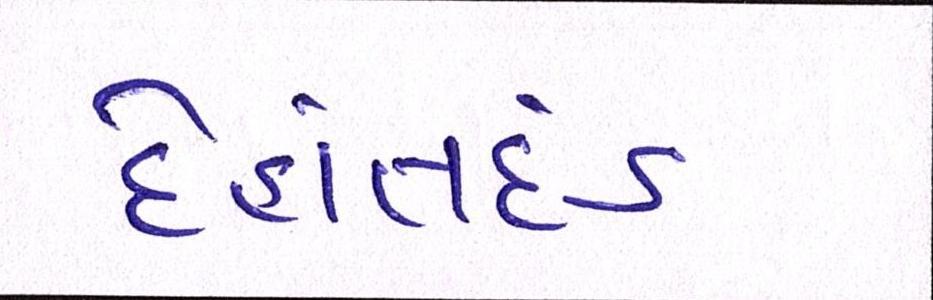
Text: દેહાંતદંડ